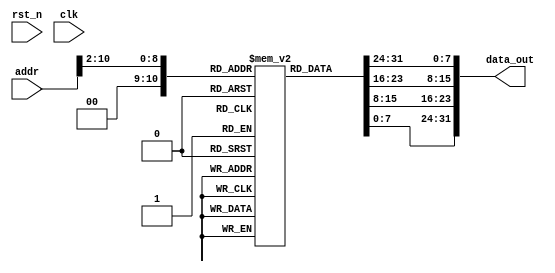
`timescale 1ns/1ps
 
 
`ifdef CUSTOM_DEFINE
    `include "../defines.vh"
`endif 

// Module Declaration 
module progMem
	`ifdef CUSTOM_DEFINE 
		#(parameter ADDR_WIDTH = `I_MEM_ADDR_WIDTH,
        parameter DATA_WIDTH = `I_MEM_DATA_WIDTH,
        parameter MEM_DEPTH = `I_MEM_DEPTH) 
	`else
		#(parameter ADDR_WIDTH = 11,
        parameter DATA_WIDTH = 32,
        parameter MEM_DEPTH = 2048) 
	`endif
	(
        rst_n,  		// Reset Neg
        clk,    		// Clk
        addr,   		// Address
        data_out	   // Output Data
    );
	
	// Inputs 
	input rst_n; 
	input clk;
	//input [14:0]	addr;
	input [ADDR_WIDTH-1:0]	addr;

	// Outputs
	output [DATA_WIDTH-1:0] data_out;
	
	// Internal
	//reg [DATA_WIDTH-1:0] progArray[0:8191]; 
	reg [DATA_WIDTH-1:0] progArray[0:MEM_DEPTH-1]; 

		
	wire [31:0] d_out = progArray[addr >> 2];
	
	//`define BIG_END_IMG
	
	`ifdef BIG_END_IMG
	assign data_out = d_out;
	`else
	assign data_out = {d_out[7:0], d_out[15:8], d_out[23:16], d_out[31:24]};
	`endif
	
	always @ (posedge clk or negedge rst_n)
	begin : MEM_READ
		integer j; 
		if ( !rst_n ) begin
			//for (j=0; j < MEM_DEPTH; j=j+1) begin 
			//	progArray[j] <= 0; //reset array xz     
			//end
			`ifdef LOAD_MEMS
				// Load memory   
				//$readmemb("../../data/programMem_b.mem", progArray, 0, 10);  
				//$readmemh("../../data/programMem_h.mem", progArray);
				  $readmemh("../../data/test.hex", progArray);
				//$readmemh("C:/SysGCC/risc-v/bin/test.hex", progArray);   	 	
				//$readmemh("../../data/programMem_h_complete.mem", progArray, 0, 342);
			`endif
		end
	end
	  
	
endmodule